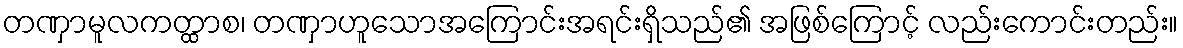
တဏှာမူလကတ္ထာစ၊ တဏှာဟူသောအကြောင်းအရင်းရှိသည်၏ အဖြစ်ကြောင့် လည်းကောင်းတည်း။